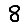
Digit: 8